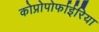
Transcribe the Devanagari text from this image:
कोप्रोपोर्फाईरिया